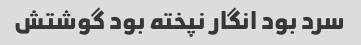
سرد بود انگار نپخته بود گوشتش